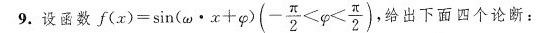
9.设函数 $$f ( x ) = \sin ( \omega \cdot x + \varphi ) ( - \frac { \π } { 2 } < \varphi < \frac { π } { 2 } )$$ 给出下面四个论断：